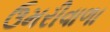
ઉમરીવાળા